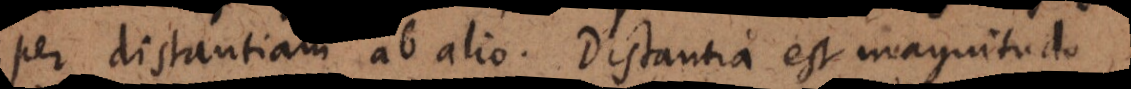
per distantiam ab alio. Distantia est magnitudo